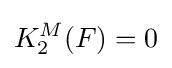
K_{2}^{M}(F)=0